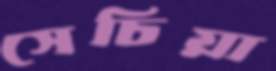
সেচিয়া